Memorandum on the prevention of leprosy by segregation of the affected
Disease focus: Leprosy
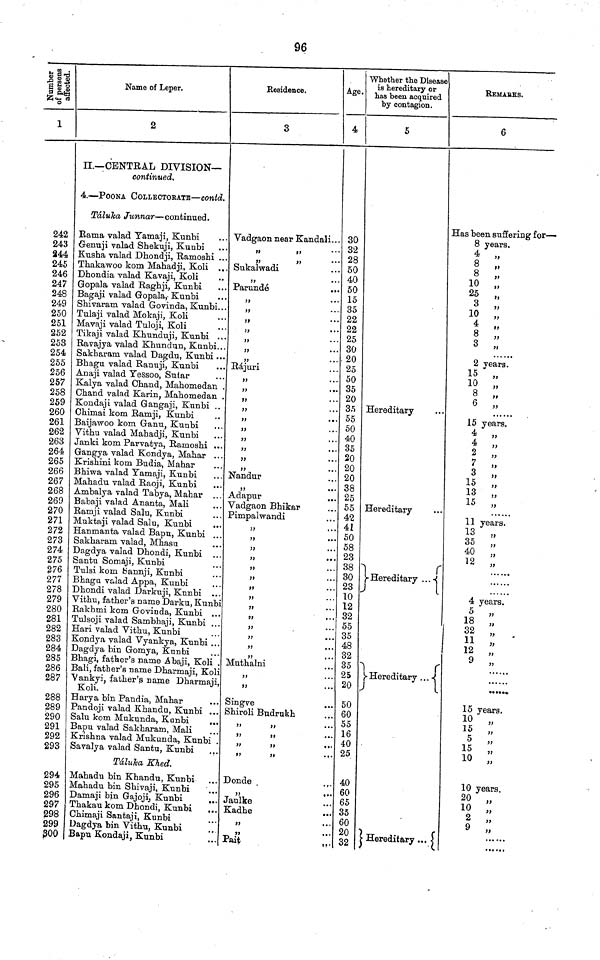
96
No of persons affected.
1
242
243
244
245
246
247
248
249
250
251
252
253
254
255
256
257
258
259
260
261
262
263
264
265
266
267
268
269
270
271
272
273
274
275
276
277
278
279
280
281
282
283
284
285
286
287
288
289
290
291
292
293
294
295
296
297
298
299
300
Name of Leper.
2
II—CENTRAL DIVISION—
continued.
4.—POONA COLLECTORATE—contd.
Táluka Junnar—continued.
Rama valad Yamaji, Kunbi
Genuji valad Shekuji, Kunbi
Kusha valad Dhondji, Ramoshi ...
Thakawoo kom Mahadji, Koli ..
Dhondia valad Kavaji, Koli
Gopala valad Raghji, Kunbi
Bagaji valad Gopala, Kunbi
Shivaram valad Govinda, Kunbi..
Tulaji valad Mokaji, Koli
Mavaji valad Tuloji, Koli
Tikaji valad Khunduji, Kunbi .,
Ravajya valad Khundun, Kunbi...
Sakharam valad Dagdu, Kunbi ...
Bhagu valad Ranuji, Kunbi
Anaji valad Yessoo, Sutar
Kalya valad Chand, Mahomedan .
Chand valad Karin, Mahomedan .
Kondaji valad Gangaji, Kunbi ..
Chimai kom Ramji, Kunbi
Baijawoo kom Ganu, Kunbi
Vithu valad Mahadji, Kunbi
Janki kom Parvatya, Ramoshi ...
Gangya valad Kondya, Mahar ...
Krishini kom Budia, Mahar
Bhiwa valad Yamaji, Kunbi
Mahadu valad Raoji, Kunbi
Ambalya valad Tabya, Mahar ...
Babaji valad Ananta, Mali
Ramji valad Salu, Kunbi
Muktaji valad Salu, Kunbi
Hanmanta valad Bapu, Kunbi
Sakharam valad, Mhasu
Dagdya valad Dhondi, Kunbi ...
Santu Somaji, Kunbi
Tulsi kom Sannji, Kunbi
Bhagu valad Appa, Kunbi
Dhondi valad Darkuji, Kunbi ...
Vithu, father's name Darku, Kunbi
Rakhmi kom Govinda, Kunbi ...
Tulsoji valad Sambhaji, Kunbi ...
Hari valad Vithu, Kunbi
Kondya valad Vyankya, Kunbi ...
Dagdya bin Gomya, Kunbi
Bhagi, father's name Abaji, Koli
Bali, father's name Dharmaji, Koli
Vankyi, father's name Dharmaji
Koli.
Harya bin Pandia, Mahar
Pandoji valad Khandu, Kunbi ...
Salu kom Mukunda, Kunbi
Bapu valad Sakharam, Mali
Krishna valad Mukunda, Kunbi
Savalya valad Santu, Kunbi
Táluka Khed.
Mahadu bin Khandu, Kunbi
Mahadu bin Shivaji, Kunbi
Damaji bin Gajoji, Kunbi
Thakau kom Dhondi, Kunbi
Chimaji Santaji, Kunbi
Dagdya bin Vithu, Kunbi
Bapu Kondaji, Kunbi
Residence.
3
Vadgaon near Kandali...
Sukalwadi
„
Parundé
„
„
>>
" '
„
,,
...
,,
...
,,
...
Rájuri
,,
...
„
„
„
„
ft
•• •
))
• • •
„
„
„
Nandur
Adapur
Vadgaon Bhikar
Pimpalwandi
77
t • •
„
„
„
)t
• • •
„
„
„
„
„
„
Muthalni
„
„
Singve
Shiroli Budrukh
„
„
„
Donde
Jaulke
Kadhe
Pait
Age.
4
30
32
28
50
40
50
15
35
22
22
25
30
20
25
50
35
20
35
55
50
40
35
20
20
20
38
25
55
42
41
50
58
23
38
30
23
10
12
32
55
35
48
32
35
25
20
50
60
55
16
40
25
40
60
65
35
60
20
32
Whether the Disease
is hereditary or
has been acquired
by contagion.
5
Hereditary
Hereditary
Hereditary
Hereditary
Hereditary
REMARKS,
6
Has been suffering for—
8 years.
4
„
8 „
8 „
10
„
25 „
3 „ 77
10 4
„
8
„
3 „
2 years.
15 „
10 „
8
8 „
15 years.
4
„
4
2 „
77
7
7 „
15 „
13
15
„
77
11 years.
13
13 „
40
12
4 year
5
18
32 „
11
12
9
......
15 years.
10
15
"
5
"
15
"
10 „ 77
10 years
20 „
10
"
2
"
9 „